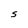
Character: S